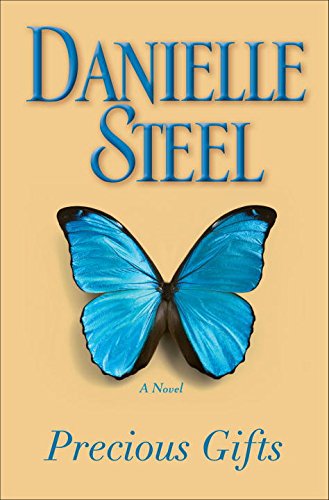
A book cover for Precious Gifts: A Novel; Danielle Steel; Romance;